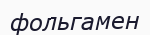
фольгамен